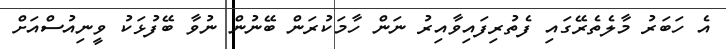
އެ ހަބަރު މާލެތެރޭގައި ފެތުރިފައިވާއިރު ނަން ހާމަކުރަން ބޭނުން ނުވާ ބޭފުޅަކު ވީނިއުސްއަށް